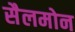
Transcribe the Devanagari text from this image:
सैलमोन